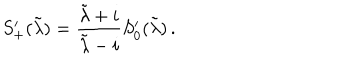
S _ { + } ^ { \prime } ( \tilde { \lambda } ) = { \frac { \tilde { \lambda } + i } { \tilde { \lambda } - i } } S _ { 0 } ^ { \prime } ( \tilde { \lambda } ) \, .